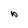
Character: b